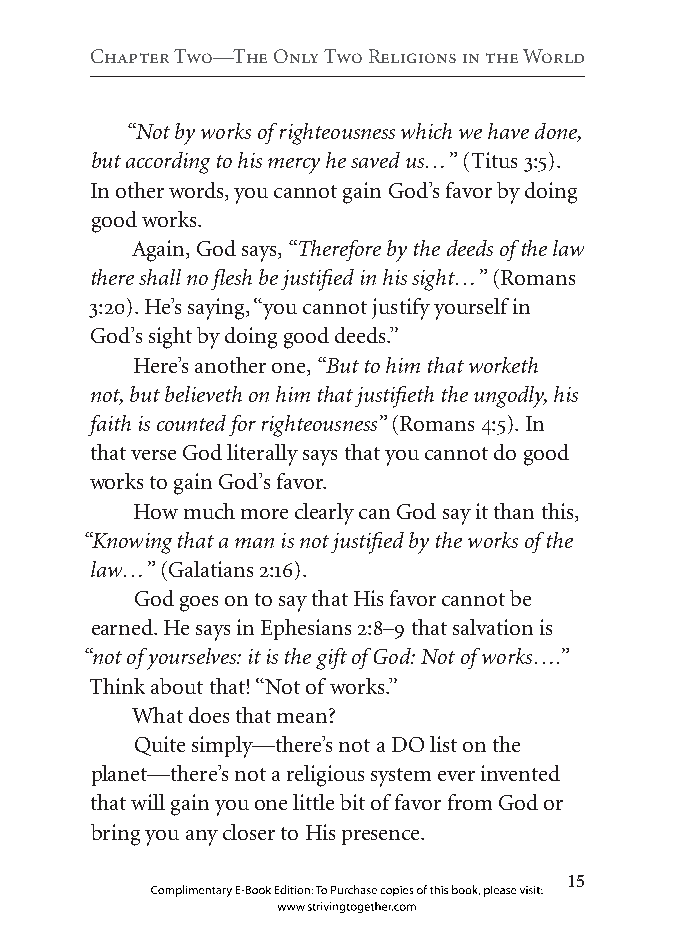
Chapter two—the Only two religions in the world
 “Not by works of righteousness which we have done,
 but according to his mercy he saved us…” (Titus 3:5).
 In other words, you cannot gain God’s favor by doing
 good works.
 Again, God says, “Therefore by the deeds of the law
 there shall no flesh be justified in his sight…” (Romans
 3:20). He’s saying, “you cannot justify yourself in
 God’s sight by doing good deeds.”
 Here’s another one, “But to him that worketh
 not, but believeth on him that justifieth the ungodly, his
 faith is counted for righteousness” (Romans 4:5). In
 that verse God literally says that you cannot do good
 works to gain God’s favor.
 How much more clearly can God say it than this,
 “Knowing that a man is not justified by the works of the
 law…” (Galatians 2:16).
 God goes on to say that His favor cannot be
 earned. He says in Ephesians 2:8–9 that salvation is
 “not of yourselves: it is the gift of God: Not of works….”
 Think about that! “Not of works.”
 What does that mean?
 Quite simply—there’s not a DO list on the
 planet—there’s not a religious system ever invented
 that will gain you one little bit of favor from God or
 bring you any closer to His presence.
 
 Complimentary E-Book Edition: To Purchase copies of this book, please visit:
 www.strivingtogether.com